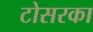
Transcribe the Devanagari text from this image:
टोसरका